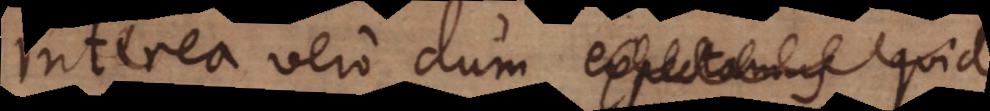
Interea vero dum exspectamus quid